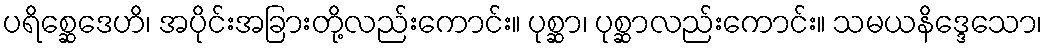
ပရိစ္ဆေဒေဟိ၊ အပိုင်းအခြားတို့လည်းကောင်း။ ပုစ္ဆာ၊ ပုစ္ဆာလည်းကောင်း။ သမယနိဒ္ဒေသော၊